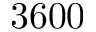
3 6 0 0